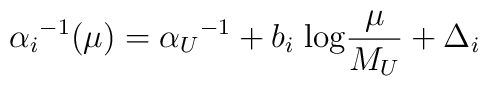
{\alpha_i}^{-1}(\mu ) = {\alpha_U}^{-1} + b_i \; {\rm log} {\mu \over M_U}+ \Delta_i